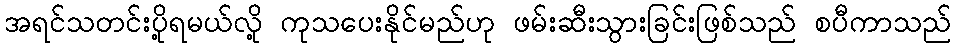
အရင်သတင်းပို့ရမယ်လို့ ကုသပေးနိုင်မည်ဟု ဖမ်းဆီးသွားခြင်းဖြစ်သည် စပီကာသည်